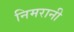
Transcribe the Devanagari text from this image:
निमरानी